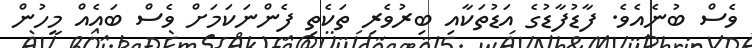
ވެސް ބުނެއެވެ. ފާޑުފާޑުގެ އަޑުތަކާއި ބިރުވެރި ތަކެތި ފެންނަކަމަށް ވެސް ބައެއް މީހުން